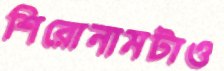
শিরোনামটাও